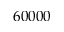
6 0 0 0 0